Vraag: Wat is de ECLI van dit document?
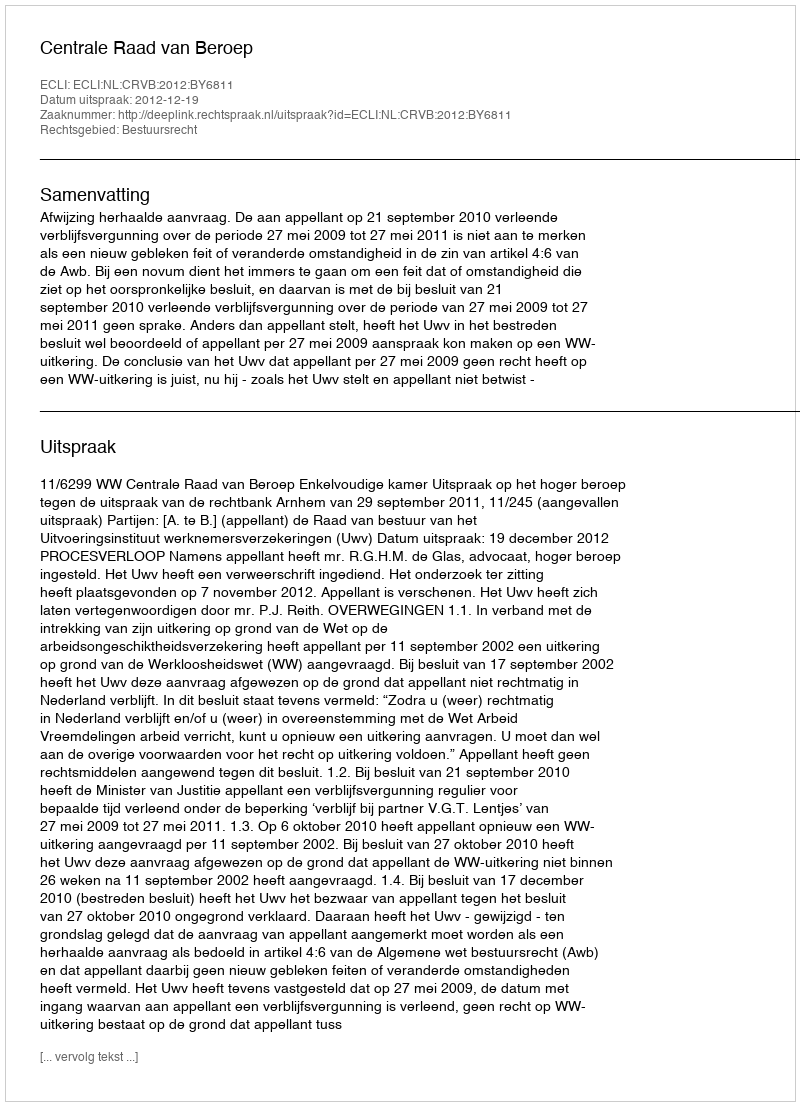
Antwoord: ECLI:NL:CRVB:2012:BY6811